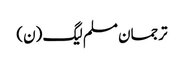
ترجمان مسلم لیگ (ن)